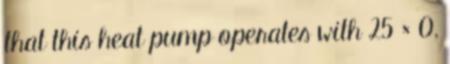
that this heat pump operates with 25 × 0,